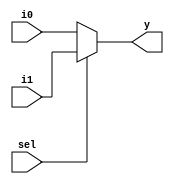
module mux2to1_5b (i0, i1, sel, y);
  input [4:0] i0, i1;
  input sel;
  output [4:0] y;
  
  assign y = (sel==1'b1) ? i1 : i0; 
endmodule

module mux2to1_32b (i0, i1, sel, y);
  input [31:0] i0, i1;
  input sel;
  output [31:0] y;
  
  assign y = (sel==1'b1) ? i1 : i0;  
endmodule

module mux4to1_32b (i0, i1, i2, i3, sel, y);
  input [31:0] i0, i1, i2, i3;
  input [1:0] sel;
  output [31:0] y;
  
  assign y = (sel==2'd0) ? i0 :
            (sel==2'd1) ? i1:
            (sel==2'd2) ? i2:
            i3;
endmodule